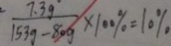
\frac { 7 . 3 g } { 1 5 3 g - 8 0 g } \times 1 0 0 \% = 1 0 \%